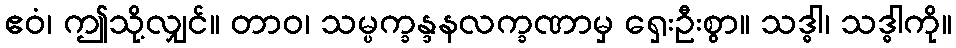
ဧဝံ၊ ဤသို့လျှင်။ တာဝ၊ သမ္ပက္ခန္ဒနလက္ခဏာမှ ရှေးဦးစွာ။ သဒ္ဓါ၊ သဒ္ဓါကို။